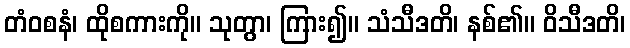
တံဝစနံ၊ ထိုစကားကို။ သုတွာ၊ ကြား၍။ သံသီဒတိ၊ နစ်၏။ ဝိသီဒတိ၊